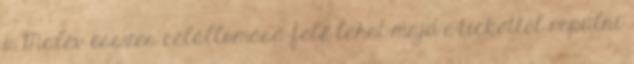
a Malév összes célállomása felé lehet majd e-tickettel repülni